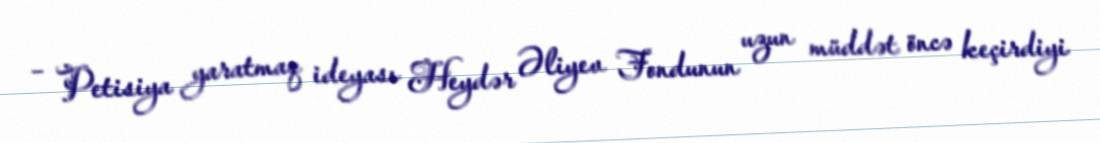
– Petisiya yaratmaq ideyası Heydər Əliyev Fondunun uzun müddət öncə keçirdiyi